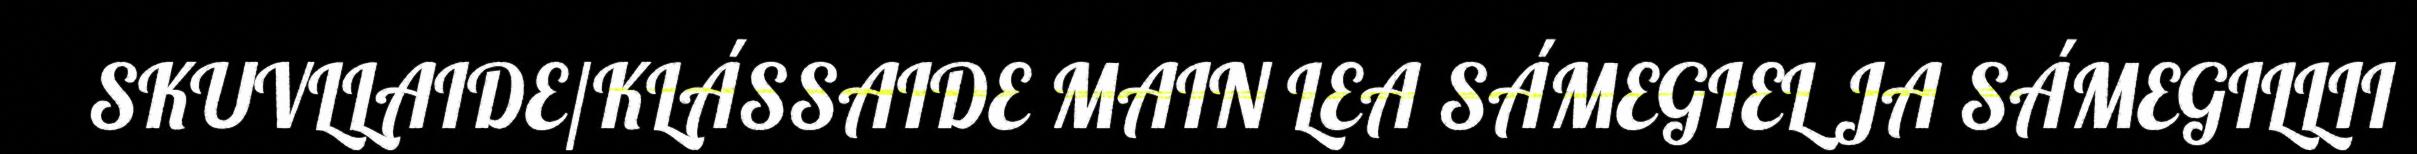
SKUVLLAIDE/KLÁSSAIDE MAIN LEA SÁMEGIEL JA SÁMEGILLII